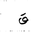
Letter: _qaf